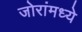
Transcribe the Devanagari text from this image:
जोरांमध्ये